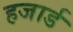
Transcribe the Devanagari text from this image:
हजार्ड